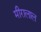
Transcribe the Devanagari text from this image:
मीरालाल